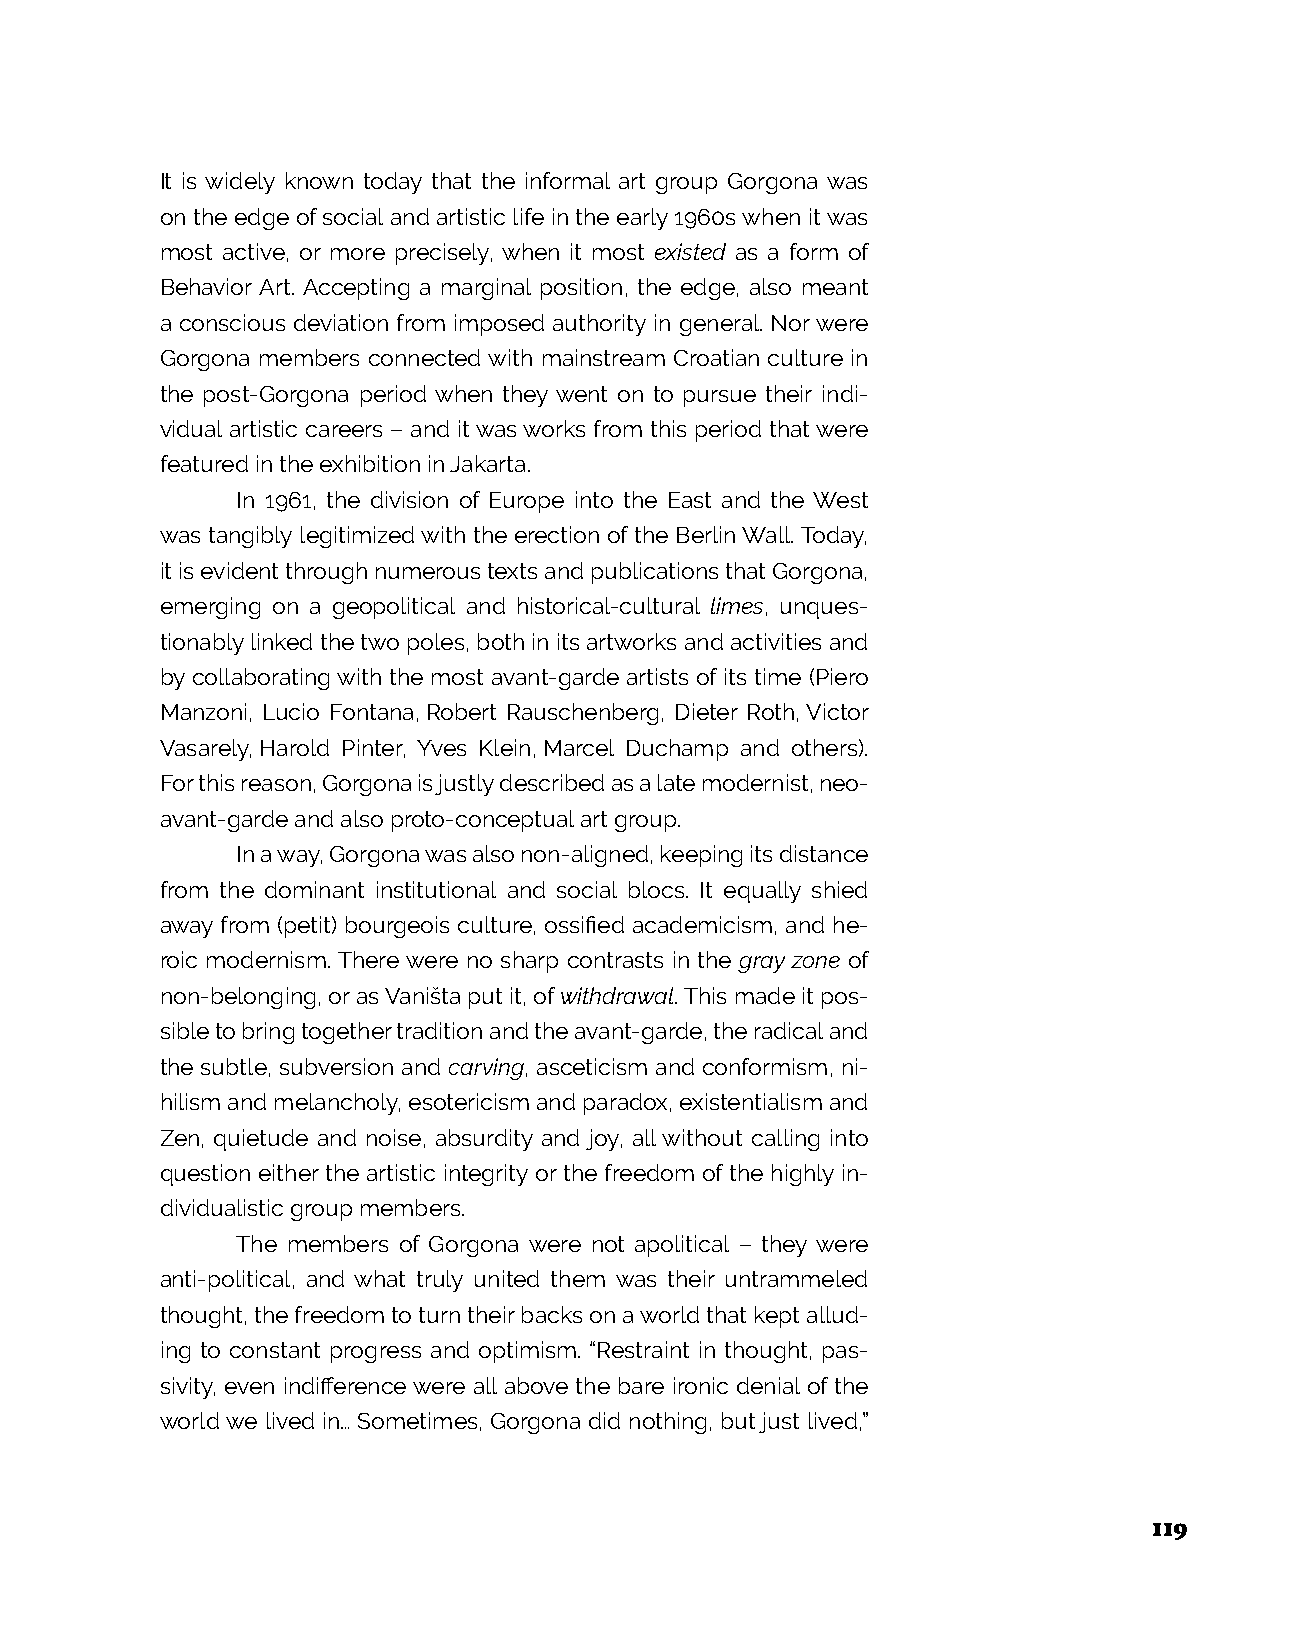
It is widely known today that the informal art group Gorgona was
 on the edge of social and artistic life in the early 1960s when it was
 most active, or more precisely, when it most existed as a form of
 Behavior Art. Accepting a marginal position, the edge, also meant
 a conscious deviation from imposed authority in general. Nor were
 Gorgona members connected with mainstream Croatian culture in
 the post-Gorgona period when they went on to pursue their indi-
 vidual artistic careers – and it was works from this period that were
 featured in the exhibition in Jakarta.
 In 1961, the division of Europe into the East and the West
 was tangibly legitimized with the erection of the Berlin Wall. Today,
 it is evident through numerous texts and publications that Gorgona,
 emerging on a geopolitical and historical-cultural limes, unques-
 tionably linked the two poles, both in its artworks and activities and
 by collaborating with the most avant-garde artists of its time (Piero
 Manzoni, Lucio Fontana, Robert Rauschenberg, Dieter Roth, Victor
 Vasarely, Harold Pinter, Yves Klein, Marcel Duchamp and others).
 For this reason, Gorgona is justly described as a late modernist, neo-
 avant-garde and also proto-conceptual art group.
 In a way, Gorgona was also non-aligned, keeping its distance
 from the dominant institutional and social blocs. It equally shied
 away from (petit) bourgeois culture, ossified academicism, and he-
 roic modernism. There were no sharp contrasts in the gray zone of
 non-belonging, or as Vaništa put it, of withdrawal. This made it pos-
 sible to bring together tradition and the avant-garde, the radical and
 the subtle, subversion and carving, asceticism and conformism, ni-
 hilism and melancholy, esotericism and paradox, existentialism and
 Zen, quietude and noise, absurdity and joy, all without calling into
 question either the artistic integrity or the freedom of the highly in-
 dividualistic group members.
 The members of Gorgona were not apolitical – they were
 anti-political, and what truly united them was their untrammeled
 thought, the freedom to turn their backs on a world that kept allud-
 ing to constant progress and optimism. “Restraint in thought, pas-
 sivity, even indifference were all above the bare ironic denial of the
 world we lived in… Sometimes, Gorgona did nothing, but just lived,”
 119